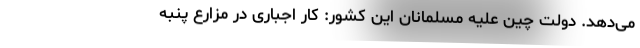
می‌دهد. دولت چین علیه مسلمانان این کشور: کار اجباری در مزارع پنبه